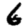
Digit: 6